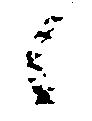
へ